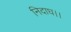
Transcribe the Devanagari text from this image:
निदाघ।।